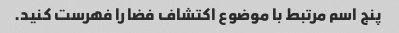
پنج اسم مرتبط با موضوع اکتشاف فضا را فهرست کنید.